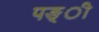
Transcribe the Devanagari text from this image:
पङ्ी